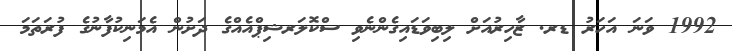
1992 ވަނަ އަހަރު ޑރ. ޒާހިރުއަށް ލިބިވަޑައިގެންނެވި ސްކޮލަރޝިޕްއެއްގެ ދަށުން އެމަނިކުފާނުގެ ފުރަތަމަ